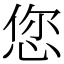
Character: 您